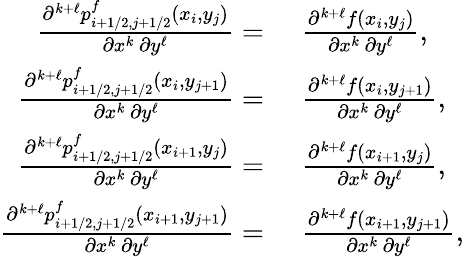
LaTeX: \begin{array}{rl}{\frac{\partial^{k+\ell}p_{i+1/2,j+1/2}^{f}(x_{i},y_{j})}{\partial x^{k}\, \partial y^{\ell}}=}&{\, \, \frac{\partial^{k+\ell}f(x_{i},y_{j})}{\partial x^{k}\, \partial y^{\ell}},}\\ {\frac{\partial^{k+\ell}p_{i+1/2,j+1/2}^{f}(x_{i},y_{j+1})}{\partial x^{k}\, \partial y^{\ell}}=}&{\, \, \frac{\partial^{k+\ell}f(x_{i},y_{j+1})}{\partial x^{k}\, \partial y^{\ell}},}\\ {\frac{\partial^{k+\ell}p_{i+1/2,j+1/2}^{f}(x_{i+1},y_{j})}{\partial x^{k}\, \partial y^{\ell}}=}&{\, \, \frac{\partial^{k+\ell}f(x_{i+1},y_{j})}{\partial x^{k}\, \partial y^{\ell}},}\\ {\frac{\partial^{k+\ell}p_{i+1/2,j+1/2}^{f}(x_{i+1},y_{j+1})}{\partial x^{k}\, \partial y^{\ell}}=}&{\, \, \frac{\partial^{k+\ell}f(x_{i+1},y_{j+1})}{\partial x^{k}\, \partial y^{\ell}},}\end{array}